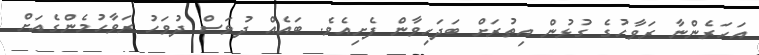
އަހަރެންނާ ރަވާހުގެ ގުޅުން އިތުރަށް ބަދަހިވާން ފެށިއެވެ. ބައެއް ދުވަސް ދުވަހު ރަވާހުމެންގެއަށް